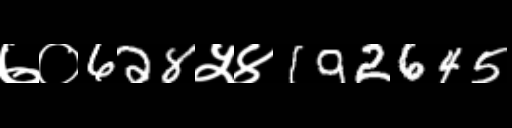
Text: ७०628५४192645